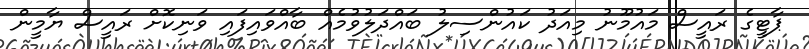
ޕާޓީގެ ރައީސް މައުމޫނު މިއަދު ކައުންސިލު ބައްދަލުވުމެއް ބާއްވައިފައި ވަނިކޮށް ރައީސް ޔާމީން